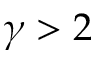
\gamma > 2